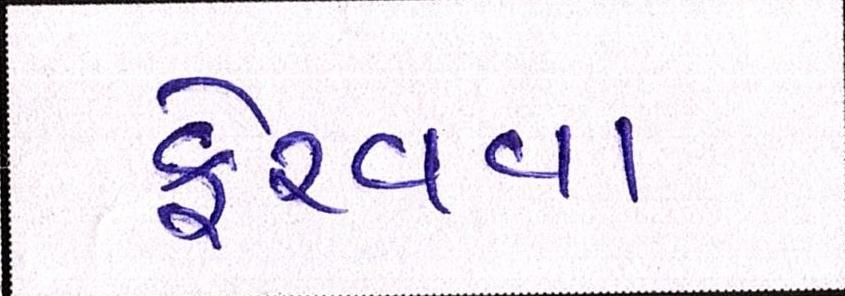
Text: ફેરવવા